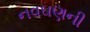
નવઘણની